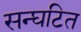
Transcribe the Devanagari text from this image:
सन्घटित